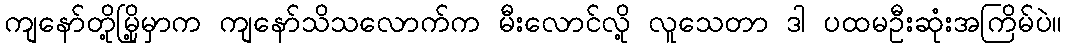
ကျနော်တို့မြို့မှာက ကျနော်သိသလောက်က မီးလောင်လို့ လူသေတာ ဒါ ပထမဦးဆုံးအကြိမ်ပဲ။